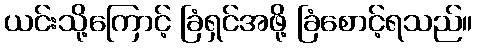
ယင်းသို့ကြောင့် ခြံရှင်အဖို့ ခြံစောင့်ရသည်။